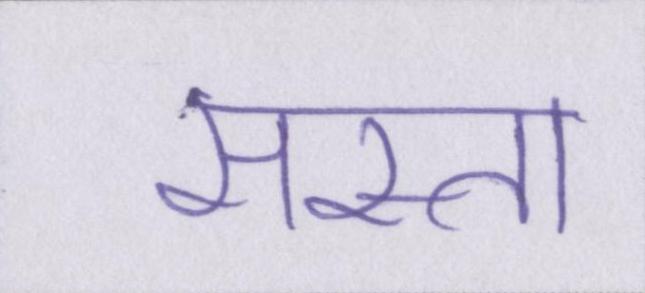
सस्ता